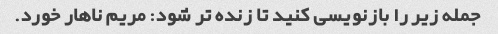
جمله زیر را بازنویسی کنید تا زنده تر شود: مریم ناهار خورد.